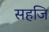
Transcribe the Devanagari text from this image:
सहजि